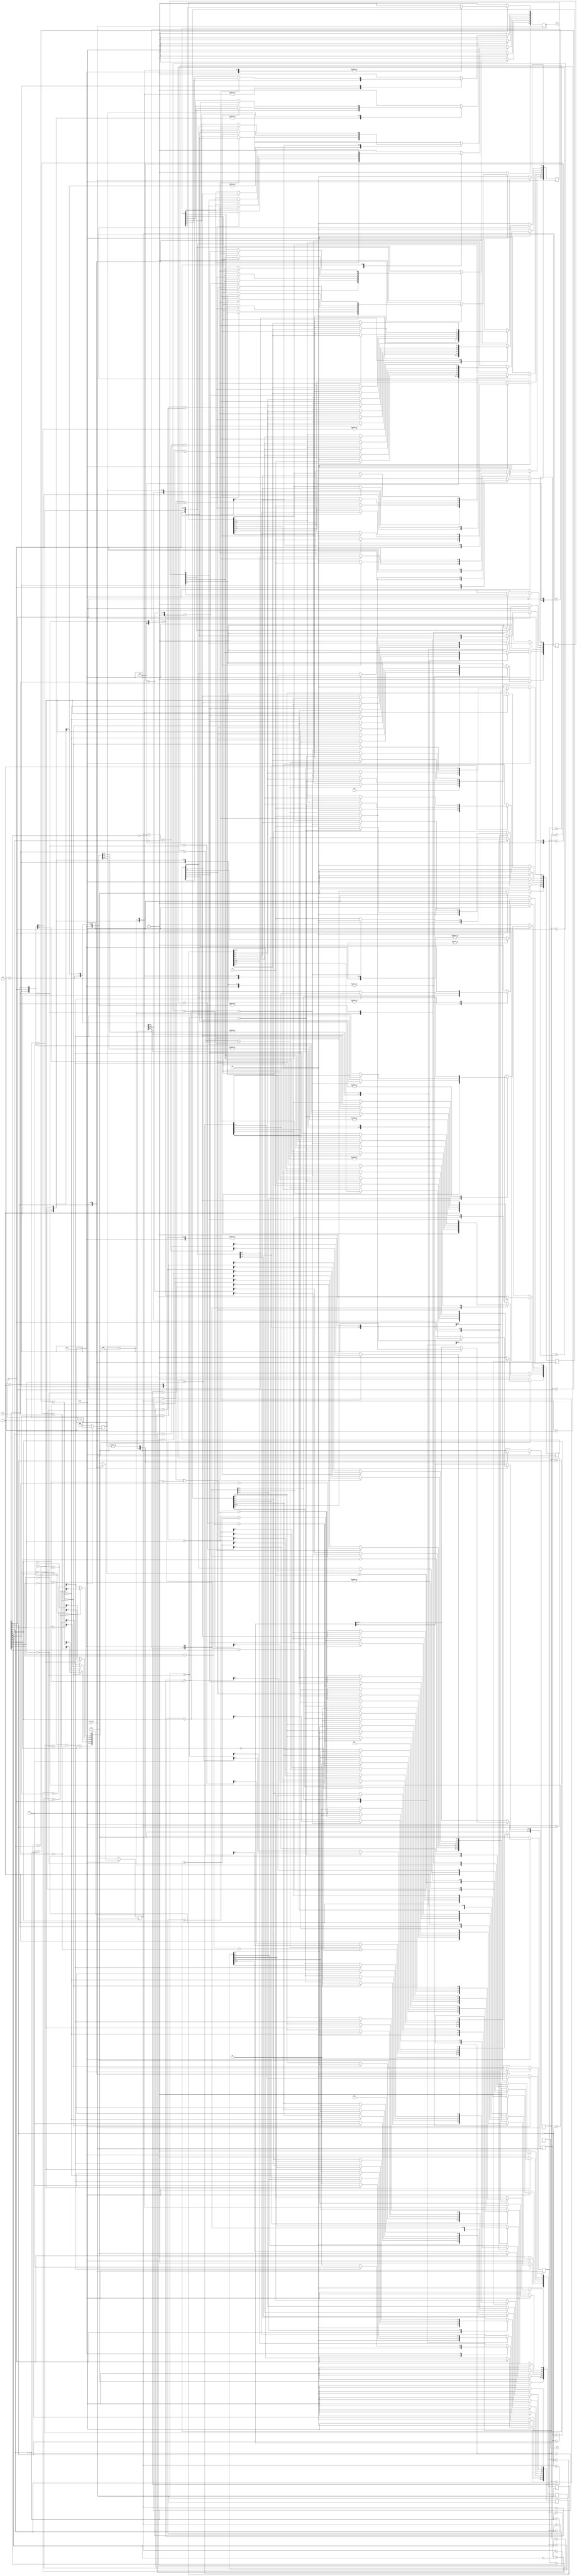
module v_cal(
    input clk_div2,
	 input rst,
	 input[13:0] x_t,
	 output[13:0] a_o,
	 output[6:0] c_o
    );
	 
reg [2:0] cnt2;
reg [13:0] a_out;
reg [13:0] a1;
reg [13:0] a2;
reg [13:0] a3;
reg [13:0] a4;

reg [3:0] c1;
reg [3:0] c2;
reg [3:0] c3;
reg [3:0] c4;

reg [6:0] c_t1;
reg [6:0] c_t2;
reg [6:0] c_t3;
reg [6:0] c_t4;
	 
always @(posedge clk_div2) 
begin
   if(!rst) 
	begin
		cnt2 <= 0;
		a1 <= 0;
		a2 <= 0;
		a3 <= 0;
		a4 <= 0;  
					 
		c1 <= 0;
		c2 <= 0;
		c3 <= 0;
		c4 <= 0;	

      c_t1 <= 0;
      c_t2 <= 0;
		c_t3 <= 0;
		c_t4 <= 0;		
	end
	else 
	begin
	   cnt2 <= cnt2 + 1;
		case(cnt2)  // ܵ״̬
			3'b000: begin
					 a1[1:0] <= 2'b00;
					 a2[1:0] <= 2'b00;
					 a3[1:0] <= 2'b11;
					 a4[1:0] <= 2'b11;  // еĳʼ
					 a1[13:2] <= 0;
					 a2[13:2] <= 0;
					 a3[13:2] <= 0;
					 a4[13:2] <= 0;     // мĴĳʼ
					 
					 c1 <= 0;
					 c2 <= 0;
					 c3 <= 0;
					 c4 <= 0;		// ɺ־ĳʼ
					 
					 c_t1[6] <= 0;
					 c_t2[6] <= 0;
					 c_t3[6] <= 1;
					 c_t4[6] <= 1;   //¼ֵ			 
			        end
			
			3'b001: begin				 
					 a1[3:2] <= 2'b00;
					 a2[3:2] <= 2'b11;
					 a3[3:2] <= 2'b10;
					 a4[3:2] <= 2'b01;
	
					 c1 <= {3'b000,0^x_t[0]} + {3'b000,0^x_t[1]} + {3'b000,0^x_t[2]} + {3'b000,0^x_t[3]};				 
					 c2 <= {3'b000,0^x_t[0]} + {3'b000,0^x_t[1]} + {3'b000,1^x_t[2]} + {3'b000,1^x_t[3]};	
					 c3 <= {3'b000,1^x_t[0]} + {3'b000,1^x_t[1]} + {3'b000,1^x_t[2]} + {3'b000,0^x_t[3]};	
					 c4 <= {3'b000,1^x_t[0]} + {3'b000,1^x_t[1]} + {3'b000,0^x_t[2]} + {3'b000,1^x_t[3]};
							 
					 c_t1[5] <= 0;
					 c_t2[5] <= 1;
					 c_t3[5] <= 0;
					 c_t4[5] <= 1;   //¼ֵ						 
			       end
			
			3'b010: begin  
					 // S1:00  ·Ȩֵжϣ·
					 if((c1+{3'b000,x_t[5]^0}+{3'b000,x_t[4]^0})>
						 (c3+{3'b000,x_t[5]^1}+{3'b000,x_t[4]^1})) 
						 begin
						c1 <= c3+{3'b000,x_t[5]^1}+{3'b000,x_t[4]^1};
						a1[3:0] <= a3[3:0];
						a1[5:4] <= 2'b11;
						c_t1[4] <= 0;
						c_t1[6:5] <= c_t3[6:5];
					    end				  
					 else 
					 begin
						c1 <= c1+{3'b000,x_t[5]^0}+{3'b000,x_t[4]^0};
						a1[3:0] <= a1[3:0];
						a1[5:4] <= 2'b00;
						c_t1[4] <= 0;
						c_t1[6:5] <= c_t1[6:5];
					 end
						
					 // S2:10 ·Ȩֵжϣ·
					 if((c1+{3'b000,x_t[5]^1}+{3'b000,x_t[4]^1})>
						 (c3+{3'b000,x_t[5]^0}+{3'b000,x_t[4]^0})) 
					 begin
						c2 <= c3+{3'b000,x_t[5]^0}+{3'b000,x_t[4]^0};
						a2[3:0] <= a3[3:0];
						a2[5:4] <= 2'b00;
						c_t2[4] <=  1;
						c_t2[6:5] <= c_t3[6:5];
					 end				  
					 else 
					 begin
						c2 <= c1+{3'b000,x_t[5]^1}+{3'b000,x_t[4]^1};
						a2[3:0] <= a1[3:0];
						a2[5:4] <= 2'b11;
						c_t2[4] <=  1;
						c_t2[6:5] <= c_t1[6:5];
					 end				    
					
					 // S3:01
					 if((c2+{3'b000,x_t[5]^0}+{3'b000,x_t[4]^1})>
						 (c4+{3'b000,x_t[5]^1}+{3'b000,x_t[4]^0})) 
					 begin
						c3 <= c4+{3'b000,x_t[5]^1}+{3'b000,x_t[4]^0};
						a3[3:0] <= a4[3:0];
						a3[5:4] <= 2'b10;
						c_t3[4] <= 0;
						c_t3[6:5] <= c_t4[6:5];
					 end				  
					 else 
					 begin
						c3 <= c2+{3'b000,x_t[5]^0}+{3'b000,x_t[4]^1};
						a3[3:0] <= a2[3:0];
						a3[5:4] <= 2'b01;
						c_t3[4] <= 0;
						c_t3[6:5] <= c_t2[6:5];
					 end	
					 
					 // S4:11
					 if((c2+{3'b000,x_t[5]^1}+{3'b000,x_t[4]^0})>
						 (c4+{3'b000,x_t[5]^0}+{3'b000,x_t[4]^1})) 
					 begin
						c4 <= c4+{3'b000,x_t[5]^0}+{3'b000,x_t[4]^1};
						a4[3:0] <= a4[3:0];
						a4[5:4] <= 2'b01;
						c_t4[4] <= 1;
						c_t4[6:5] <= c_t4[6:5];
					 end				  
					 else 
					 begin
						c4 <= c2+{3'b000,x_t[5]^1}+{3'b000,x_t[4]^0};
						a4[3:0] <= a2[3:0];
						a4[5:4] <= 2'b10;
						c_t4[4] <= 1;
						c_t4[6:5] <= c_t2[6:5];
					 end					 							
			end
			
			3'b011: begin
					  // S1:00
					 if((c1+{3'b000,x_t[7]^0}+{3'b000,x_t[6]^0})>
					    (c3+{3'b000,x_t[7]^1}+{3'b000,x_t[6]^1})) 
					 begin
						c1 <= c3+{3'b000,x_t[7]^1}+{3'b000,x_t[6]^1};
						a1[5:0] <= a3[5:0];
						a1[7:6] <= 2'b11;
						c_t1[3] <= 0;
						c_t1[6:4] <= c_t3[6:4];
					 end				  
					 else 
					 begin
						c1 <= c1+{3'b000,x_t[7]^0}+{3'b000,x_t[6]^0};
						a1[5:0] <= a1[5:0];
						a1[7:6] <= 2'b00;
						c_t1[3] <= 0;
						c_t1[6:4] <= c_t1[6:4];
					 end
						
					 // S2:10
					 if((c1+{3'b000,x_t[7]^1}+{3'b000,x_t[6]^1})>
					    (c3+{3'b000,x_t[7]^0}+{3'b000,x_t[6]^0})) 
					 begin
						c2 <= c3+{3'b000,x_t[7]^0}+{3'b000,x_t[6]^0};
						a2[5:0] <= a3[5:0];
						a2[7:6] <= 2'b00;
						c_t2[3] <= 1;
						c_t2[6:4] <= c_t3[6:4];
					 end				  
					 else 
					 begin
						c2 <= c1+{3'b000,x_t[7]^1}+{3'b000,x_t[6]^1};
						a2[5:0] <= a1[5:0];
						a2[7:6] <= 2'b11;
						c_t2[3] <= 1;
						c_t2[6:4] <= c_t1[6:4];
					 end				    
					
					 // S3:01
					 if((c2+{3'b000,x_t[7]^0}+{3'b000,x_t[6]^1})>
					    (c4+{3'b000,x_t[7]^1}+{3'b000,x_t[6]^0})) 
					 begin
						c3 <= c4+{3'b000,x_t[7]^1}+{3'b000,x_t[6]^0};
						a3[5:0] <= a4[5:0];
						a3[7:6] <= 2'b10;
						c_t3[3] <= 0;
						c_t3[6:4] <= c_t4[6:4];
					 end				  
					 else 
					 begin
						c3 <= c2+{3'b000,x_t[7]^0}+{3'b000,x_t[6]^1};
						a3[5:0] <= a2[5:0];
						a3[7:6] <= 2'b01;
						c_t3[3] <= 0;
						c_t3[6:4] <= c_t2[6:4];
					 end	
					 
					 // S4:11
					 if((c2+{3'b000,x_t[7]^1}+{3'b000,x_t[6]^0})>
					    (c4+{3'b000,x_t[7]^0}+{3'b000,x_t[6]^1})) 
					 begin
						c4 <= c4+{3'b000,x_t[7]^0}+{3'b000,x_t[6]^1};
						a4[5:0] <= a4[5:0];
						a4[7:6] <= 2'b01;
						c_t4[3] <= 1;
						c_t4[6:4] <= c_t4[6:4];
					 end				  
					 else 
					 begin
						c4 <= c2+{3'b000,x_t[7]^1}+{3'b000,x_t[6]^0};
						a4[5:0] <= a2[5:0];
						a4[7:6] <= 2'b10;
						c_t4[3] <= 1;
						c_t4[6:4] <= c_t2[6:4];
					 end					 	
			end
			
			3'b100: begin
					  // S1:00
					 if((c1+{3'b000,x_t[9]^0}+{3'b000,x_t[8]^0})>
					    (c3+{3'b000,x_t[9]^1}+{3'b000,x_t[8]^1})) 
					 begin
						c1 <= c3+{3'b000,x_t[9]^1}+{3'b000,x_t[8]^1};
						a1[7:0] <= a3[7:0];
						a1[9:8] <= 2'b11;
						c_t1[2] <= 0;
						c_t1[6:3] <= c_t3[6:3];
					 end				  
					 else 
					 begin
						c1 <= c1+{3'b000,x_t[9]^0}+{3'b000,x_t[8]^0};
						a1[7:0] <= a1[7:0];
						a1[9:8] <= 2'b00;
						c_t1[2] <= 0;
						c_t1[6:3] <= c_t1[6:3];
					 end
						
					 // S2:10
					 if((c1+{3'b000,x_t[9]^1}+{3'b000,x_t[8]^1})>
					    (c3+{3'b000,x_t[9]^0}+{3'b000,x_t[8]^0})) 
					 begin
						c2 <= c3+{3'b000,x_t[9]^0}+{3'b000,x_t[8]^0};
						a2[7:0] <= a3[7:0];
						a2[9:8] <= 2'b00;
						c_t2[2] <= 1;
						c_t2[6:3] <= c_t3[6:3];
					 end				  
					 else 
					 begin
						c2 <= c1+{3'b000,x_t[9]^1}+{3'b000,x_t[8]^1};
						a2[7:0] <= a1[7:0];
						a2[9:8] <= 2'b11;
						c_t2[2] <= 1;
						c_t2[6:3] <= c_t1[6:3];
					 end				    
					
					 // S3:01
					 if((c2+{3'b000, x_t[9]^0}+{3'b000, x_t[8]^1})>
					    (c4+{3'b000,x_t[9]^1}+{3'b000,x_t[8]^0})) 
					 begin
						c3 <= c4+{3'b000,x_t[9]^1}+{3'b000,x_t[8]^0};
						a3[7:0] <= a4[7:0];
						a3[9:8] <= 2'b10;
						c_t3[2] <= 0;
						c_t3[6:3] <= c_t4[6:3];
					 end				  
					 else 
					 begin
						c3 <= c2+{3'b000, x_t[9]^0}+{3'b000, x_t[8]^1};
						a3[7:0] <= a2[7:0];
						a3[9:8] <= 2'b01;
						c_t3[2] <= 0;
						c_t3[6:3] <= c_t2[6:3];
					 end	
					 
					 // S4:11
					 if((c2+{3'b000,x_t[9]^1}+{3'b000,x_t[8]^0})>
					    (c4+{3'b000,x_t[9]}^0+{3'b000,x_t[8]^1})) 
					 begin
						c4 <= c4+{3'b000,x_t[9]}^0+{3'b000,x_t[8]^1};
						a4[7:0] <= a4[7:0];
						a4[9:8] <= 2'b01;
						c_t4[2] <= 1;
						c_t4[6:3] <= c_t4[6:3];
					 end				  
					 else 
					 begin
						c4 <= c2+{3'b000,x_t[9]^1}+{3'b000,x_t[8]^0};
						a4[7:0] <= a2[7:0];
						a4[9:8] <= 2'b10;
						c_t4[2] <= 1;
						c_t4[6:3] <= c_t2[6:3];
					 end					 	
			      end
			
			3'b101: begin
					  // S1:00
					 if((c1+{3'b000,x_t[11]^0}+{3'b000,x_t[10]^0})>
					    (c3+{3'b000,x_t[11]^1}+{3'b000,x_t[10]^1})) 
					  begin
						c1 <= c3+{3'b000,x_t[11]^1}+{3'b000,x_t[10]^1};
						a1[9:0] <= a3[9:0];
						a1[11:10] <= 2'b11;
						c_t1[1] <= 0;
						c_t1[6:2] <= c_t3[6:2];
					 end				  
					 else 
					 begin
						c1 <= c1+{3'b000,x_t[11]^0}+{3'b000,x_t[10]^0};
						a1[9:0] <= a1[9:0];
						a1[11:10] <= 2'b00;
						c_t1[1] <= 0;
						c_t1[6:2] <= c_t1[6:2];
					 end
										 
					 // S3:01
					 if((c2+{3'b000,x_t[11]^1}+{3'b000,x_t[10]^0})>
					    (c4+{3'b000,x_t[11]^0}+{3'b000,x_t[10]^1})) 
					 begin
						c3 <= c4+{3'b000,x_t[11]^0}+{3'b000,x_t[10]^1};
						a3[9:0] <= a4[9:0];
						a3[11:10] <= 2'b10;
						c_t2 <= 0;
						c_t2[6:2] <= c_t4[6:2];
					 end				  
					 else 
					 begin
						c3 <= c2+{3'b000,x_t[11]^1}+{3'b000,x_t[10]^0};
						a3[9:0] <= a2[9:0];
						a3[11:10] <= 2'b01;
						c_t2 <= 0;
						c_t2[6:2] <= c_t2[6:2];
					 end					 	
			       end
			
			3'b110: begin
					  // S1:00
					 if((c1+{3'b000,x_t[13]^0}+{3'b000,x_t[12]^0})>
					    (c3+{3'b000,x_t[13]^1}+{3'b000,x_t[12]^1})) 
					 begin
						c1 <= c3+{3'b000,x_t[13]^1}+{3'b000,x_t[12]^1};
						a1[11:0] <= a3[11:0];
						a1[13:12] <= 2'b11;
						a_out[11:0] <= a3[11:0];
						a_out[13:12] <= 2'b11;
						c_t1[0] <= 0;
						c_t1[6:1] <= c_t2[6:1];					
					 end	
                else 
					 begin					 
						c1 <= c1+{3'b000,x_t[13]^0}+{3'b000,x_t[12]^0};
						a1[11:0] <= a1[11:0];
						a1[13:12] <= 2'b00;
						a_out[11:0] <= a1[11:0];
						a_out[13:12] <= 2'b00;
						c_t1[0] <= 0;
						c_t1[6:1] <= c_t1[6:1];	
					 end							    
			      end
			
		  default: begin		 
					 a1[1:0] <= 2'b00;
					 a2[1:0] <= 2'b00;
					 a3[1:0] <= 2'b11;
					 a4[1:0] <= 2'b11; 
					 
					 c1 <= 0;
					 c2 <= 0;
					 c3 <= 0;
					 c4 <= 0;
					 
					 c_t1 <= 0;
					 c_t2 <= 0;
					 c_t3 <= 0;
					 c_t4 <= 0;
		          end
		endcase
	end
end

assign a_o = a_out;
assign c_o = c_t1;

endmodule